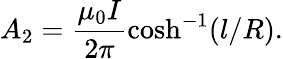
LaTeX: A_{2}=\frac{\mu_{0}I}{2\pi}\cosh^{-1}(l/R).